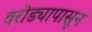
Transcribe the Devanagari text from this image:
वरोड्यापासून